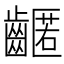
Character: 𪙛